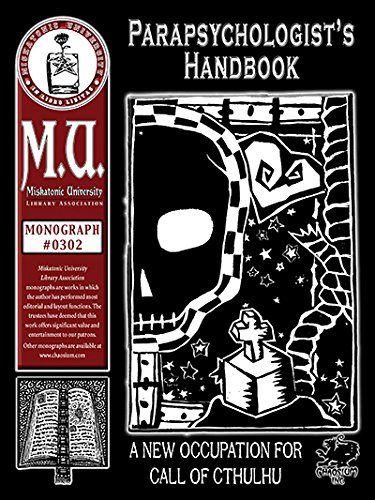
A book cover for Parapsychologist's Handbook (M.U. Library Assn. monograph, Call of Cthulhu #0302); C. Jerome; Science Fiction & Fantasy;